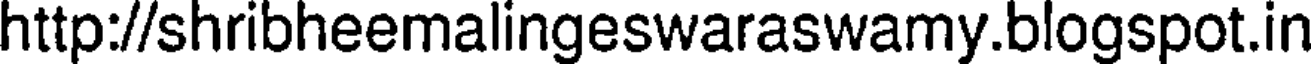
http://shribheemalingeswaraswamy.blogspot.in